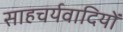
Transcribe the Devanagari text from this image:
साहचर्यवादियों